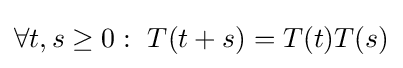
\forall t,s\geq 0:\ T(t+s)=T(t)T(s)